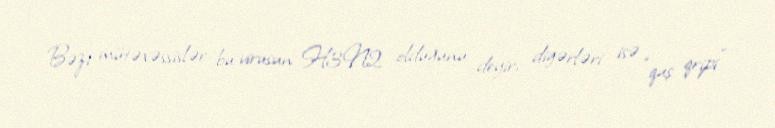
Bəzi mütəxəssislər bu virusun H3N2 olduğunu deyir, digərləri isə “quş qripi”